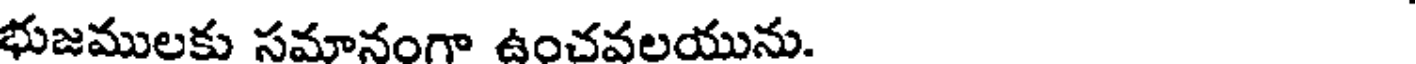
భుజములకు సమానంగా ఉంచవలయును.